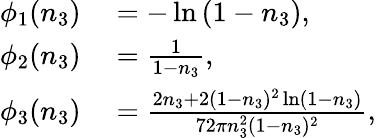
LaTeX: \begin{array}{rl}{\phi_{1}(n_{3})}&{{}=-\ln{(1-n_{3})},}\\ {\phi_{2}(n_{3})}&{{}=\frac{1}{1-n_{3}},}\\ {\phi_{3}(n_{3})}&{{}=\frac{2n_{3}+2(1-n_{3})^{2}\ln(1-n_{3})}{72\pi n_{3}^{2}(1-n_{3})^{2}},}\end{array}